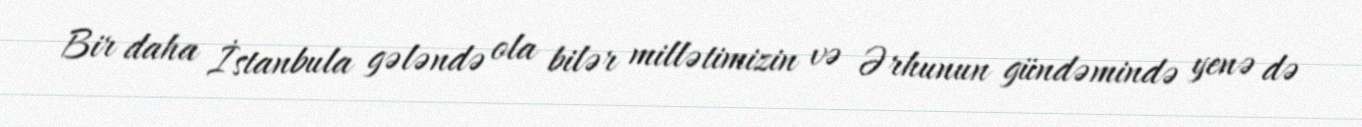
Bir daha İstanbula gələndə ola bilər millətimizin və Ərhunun gündəmində yenə də